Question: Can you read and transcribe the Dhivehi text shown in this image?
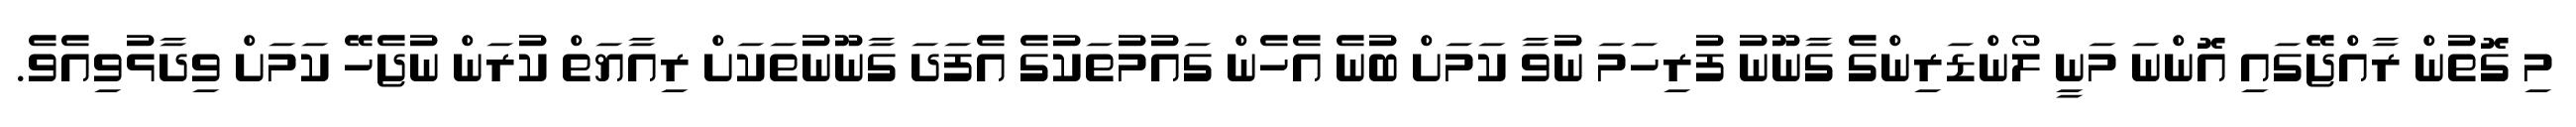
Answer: މި ގޮތުން ރާއްޖޭގައި އޮންނަ މަނީ ލޯންޑަރިންގެ ގާނޫނު ފުރިހަމަ ނުވާ ކަމަށް ބުނެ އެހެން ގައުމުތަކުގެ އެފަދަ ގާނޫނުތަކަށް ރިއާޔަތް ކުރަން ނުޖެހޭ ކަމަށް ވިދާޅުވިއެވެ.